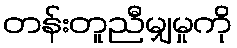
တန်းတူညီမျှမှုကို